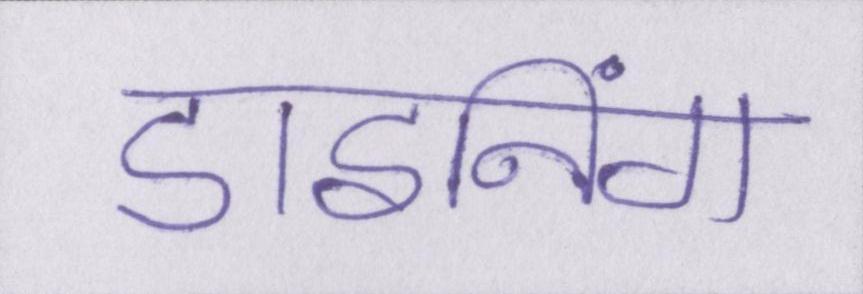
डाइनिंग